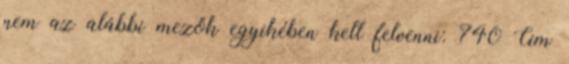
nem az alábbi mezők egyikében kell felvenni: 740 Cím